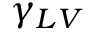
\gamma _ { L V }